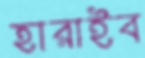
হারাইব